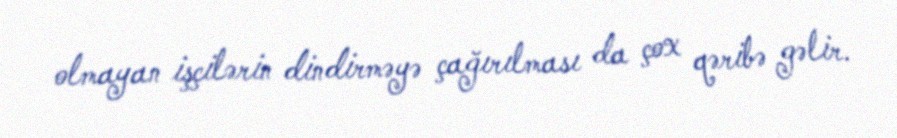
olmayan işçilərin dindirməyə çağırılması da çox qəribə gəlir.